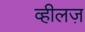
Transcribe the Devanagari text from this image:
व्हीलज़